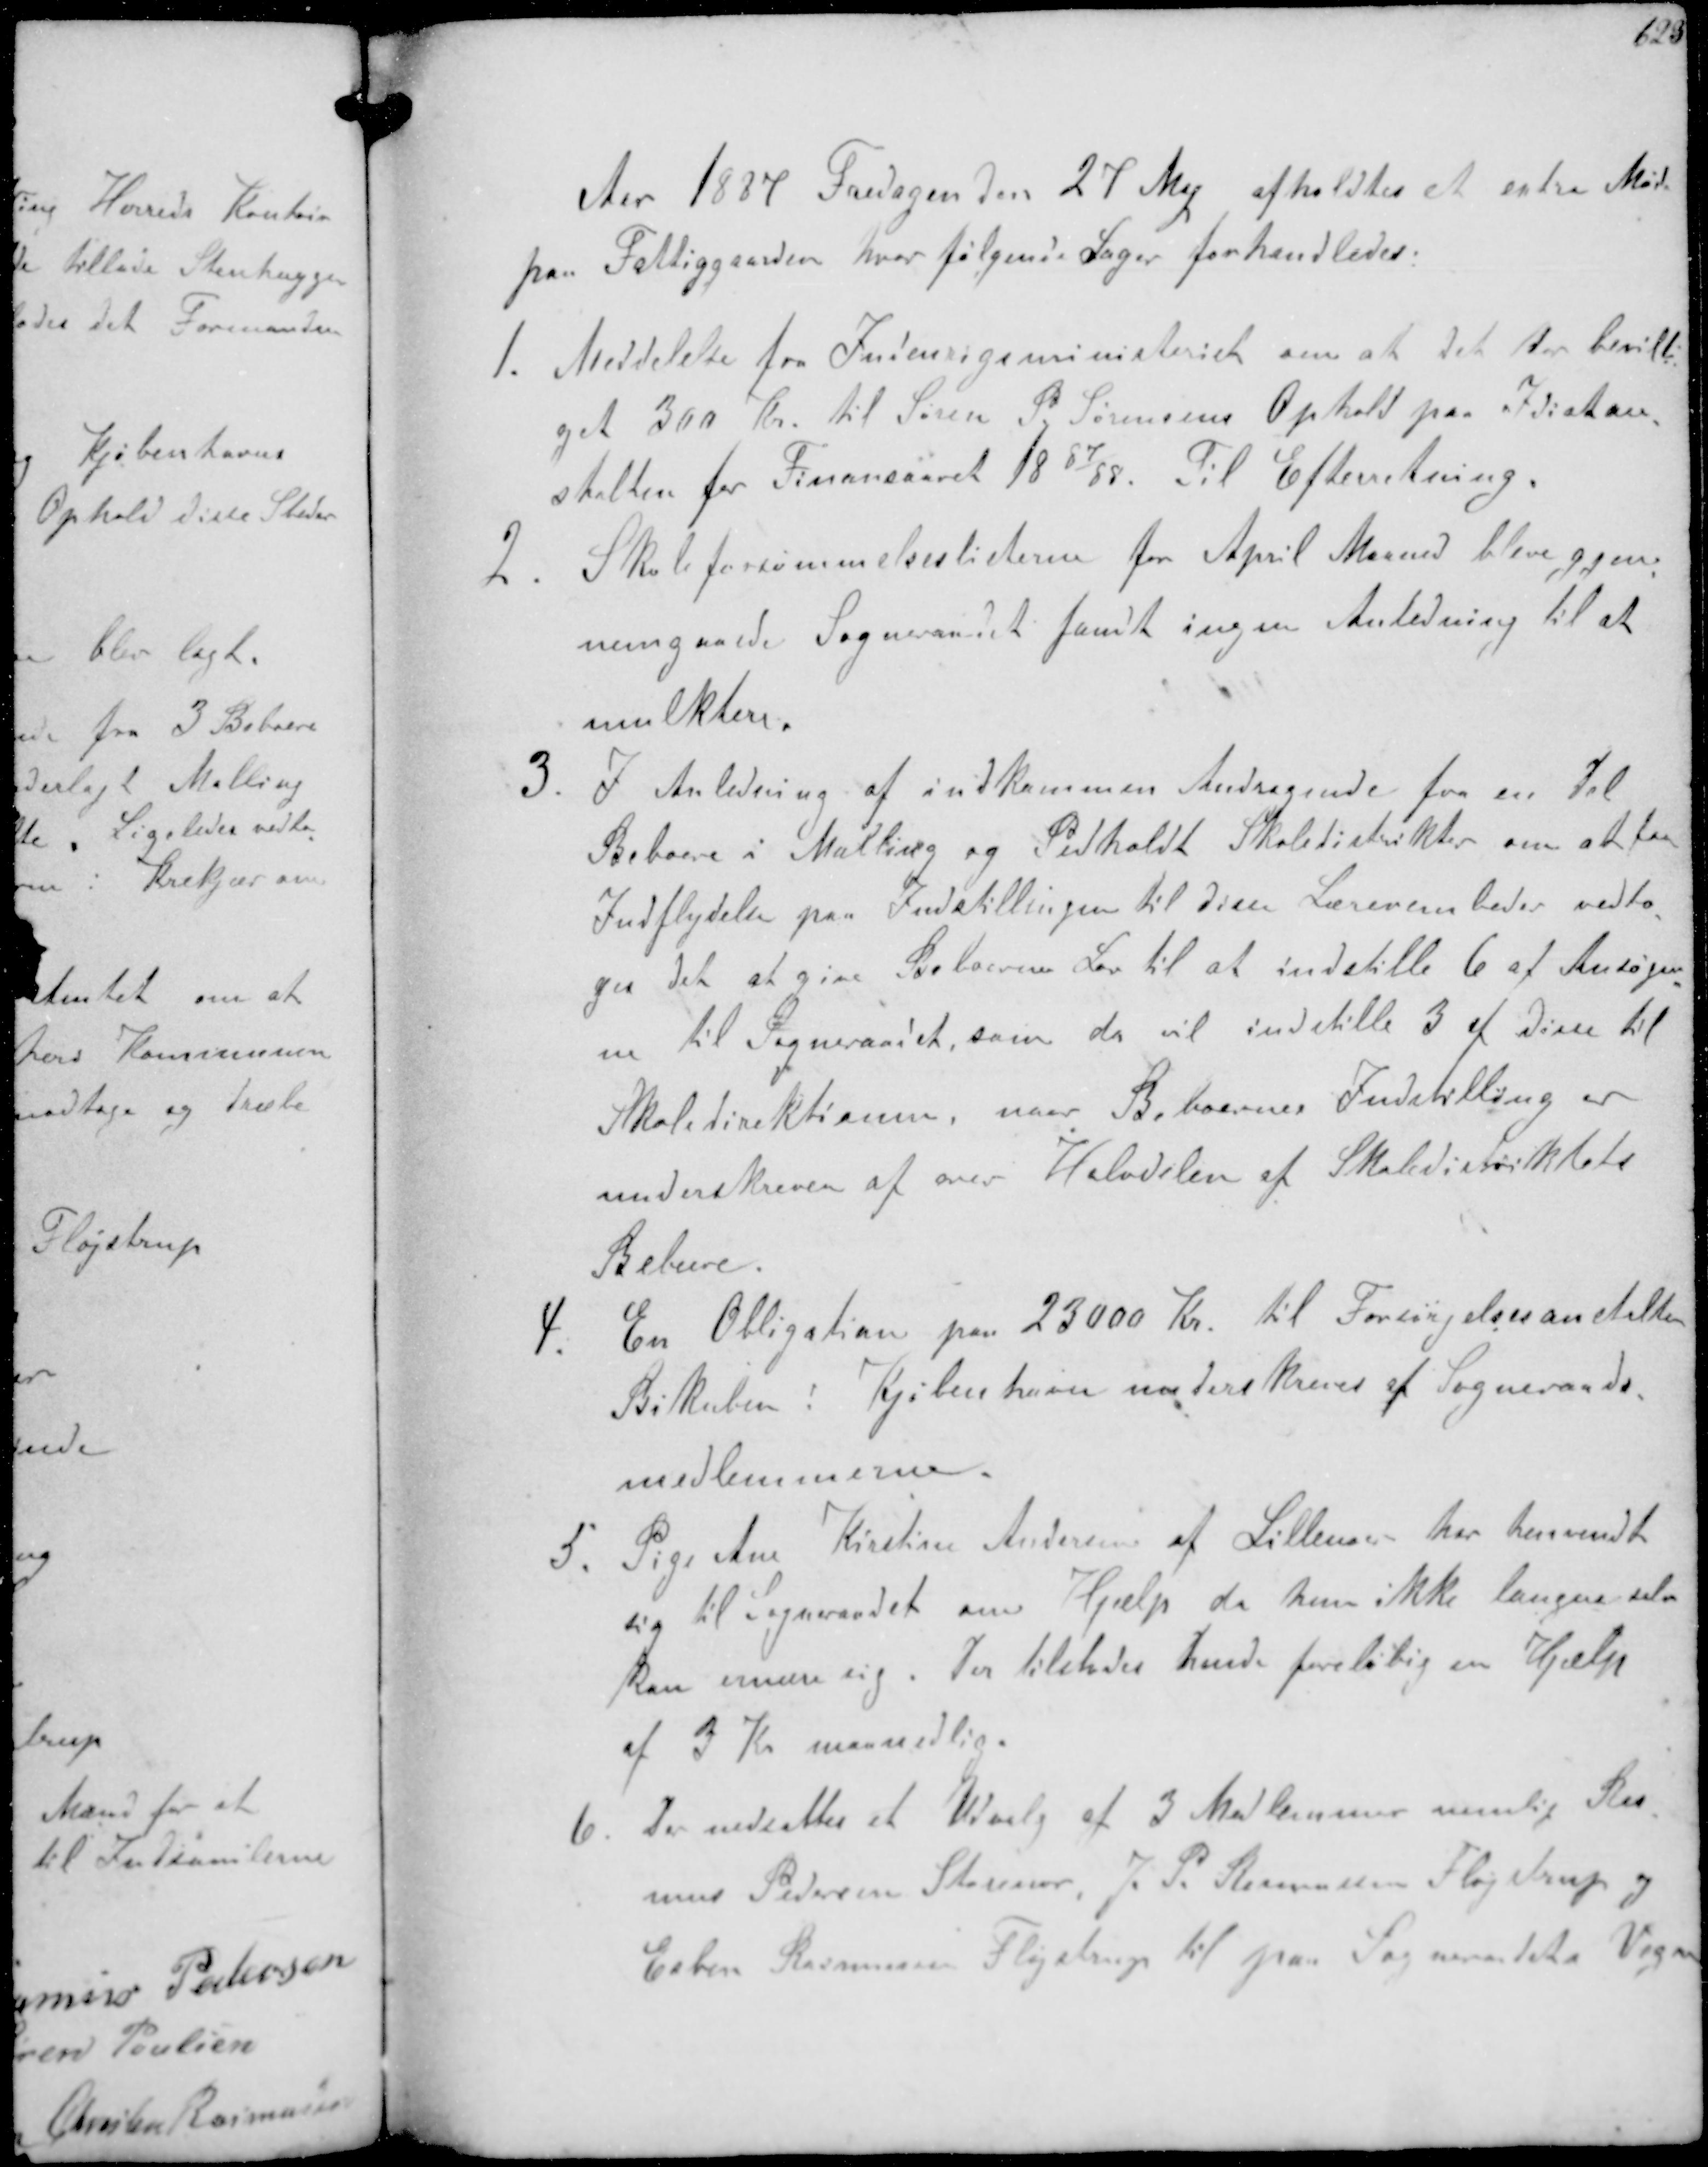
Transskription:
Aar 1887 Fredagen den 27 Maj afholdtes at extra Møde
paa Fattiggaarden hvor følgende Sager forhandledes.
1. Meddelelse fra Indenrigsministeriet om at det har bevilli-
get 300 Kr til Søren P Sørensens Ophold paa Idiotan-
stalten for Finansaaret 1887/88. Til Efterretning.
2.Skoleforsømmelseslisterne for April Maaned blev gjen-
nemgaaede Sogneraadet fandt ingen Anledning til at
mulktere.
3. I Anledning af indkommen Andragende fra en del
Beboere i Malling og Pedholdt Skoledistrikter om at faa
Indflydelse paa Indstillingen til disse Lærerembeder vedto-
ges det at give Beboerne Lov til at indstille 6 af Ansøger-
ne til Sogneraadet som da vil indstille 3 af disse til
Skoledirektionen, naar Beboernes Indstilling er
underskrevet af over Halvdelen af Skoledistriktets
Beboere.
4. En Obligation paa 23000 Kr. til Forsørgelsesanstalten
Bikuben i Kjøbenhavn underskrevet af Sogneraads-
medlemmerne.
5. Pige Ane Kirstine Andersen at Lillenoer har henvendt
sig til Sogneraadet om Hjælp da hun ikke længere selv
kan ernære sig. Der tilstedes hende foreløbig en Hjælp
af 3 Kr maanedlig.
6. Der nedsattes et Udvalg af 3 Medlemmer nemlig Ras-
mus Pedersen Storenoer J P. Rasmussen Fløjstrup og
Esben Rasmussen Fløjstrup til paa Sogneraadets Vegne